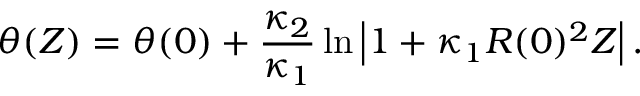
\theta ( Z ) = \theta ( 0 ) + \frac { \kappa _ { 2 } } { \kappa _ { 1 } } \ln \left| 1 + \kappa _ { 1 } R ( 0 ) ^ { 2 } Z \right| .